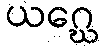
ယဂ္ဃေ